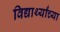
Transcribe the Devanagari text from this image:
विद्यार्थ्‍यांच्‍या